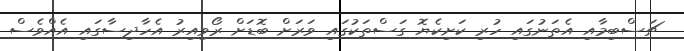
ޗަސްބިމާއި އެތަނުގައި ހުރި ކަށިކެޔޮ ގަސްތަކުގައި ވަރަށް ބޮޑަށް ރޯވިއިރު އެހާދިސާގައި އެއްވެސް